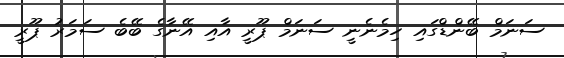
ސަނަމް ބޭންޑްގައި ހިމެނެނީ ސަނަމް ޕޫރީ އާއި އޭނާގެ ބޭބެ ސަމަރު ޕޫރީ